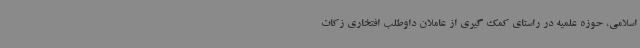
اسلامی، حوزه علمیه در راستای کمک گیری از عاملان داوطلب افتخاری زکات